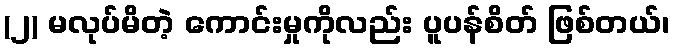
(၂) မလုပ်မိတဲ့ ကောင်းမှုကိုလည်း ပူပန်စိတ် ဖြစ်တယ်၊